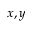
x , y